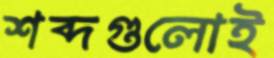
শব্দগুলোই